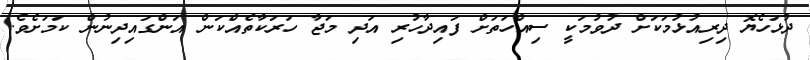
ދުޅަހެޔޮ ދިރިއުޅުމަކަށް ދުވުމަކީ ސިއްހަތަށް ފައިދާހުރި އަދި މަޖާ ހަރަކާތެއްކަން އަންގައިދިނުން ކަމަށެވެ.